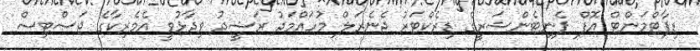
ޑިޕާޓްމަންޓް އޮފް ޕެނިޓެންޝަރީގެ ޑިރެކްޓަރު ޖެނެރަލް މުހައްމަދު ރަޝީދު ވިދާޅުވީ އެމެރިކާގެ ޖަސްޓިސް